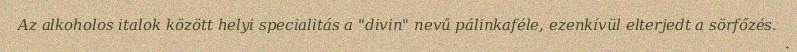
Az alkoholos italok között helyi specialitás a "divin" nevű pálinkaféle, ezenkívül elterjedt a sörfőzés.